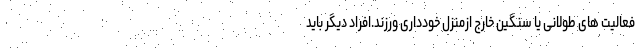
فعالیت های طولانی یا سنگین خارج ازمنزل خودداری ورزند.افراد دیگر باید